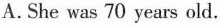
A. She was 70 years old.